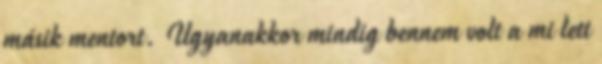
másik mentort. Ugyanakkor mindig bennem volt a mi lett